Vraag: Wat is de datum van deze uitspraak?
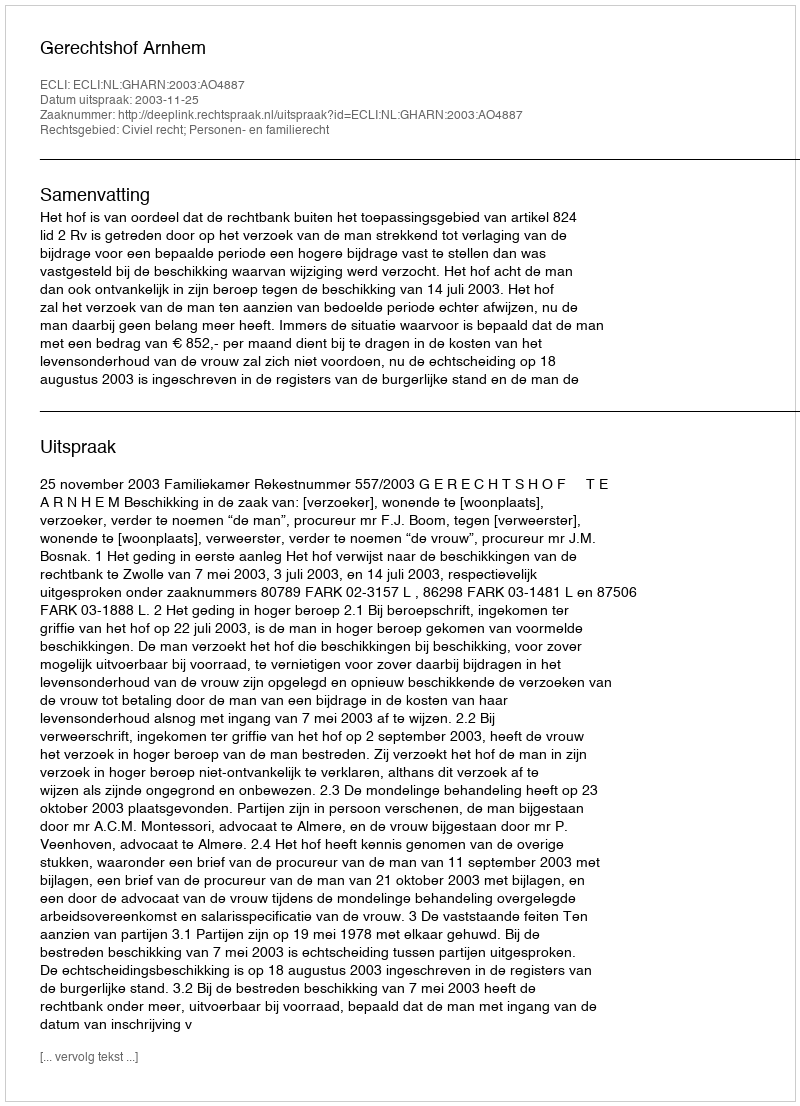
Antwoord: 2003-11-25